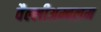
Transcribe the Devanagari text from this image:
वैल्लीअम्बलम